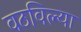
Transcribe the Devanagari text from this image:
वठविल्या